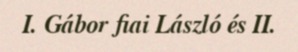
I. Gábor fiai László és II.